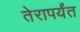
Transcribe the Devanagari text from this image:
तेरापर्यंत